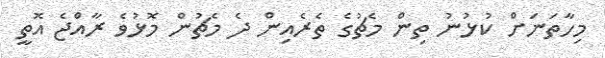
މިހާތަނަށް ކުޅުނު ތިން މެޗުގެ ތެރެއިން ދެ މެޗުން މޮޅުވެ ރާއްޖެ އޮތީ